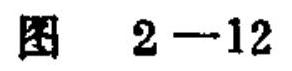
图 2-12